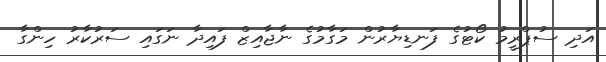
އަދި ސުޕްރީމު ކޯޓުގެ ފަނޑިޔާރުން މަގާމުގެ ނާޖާއިޒް ފައިދާ ނަގައި ސަރުކާރު ހިންގާ